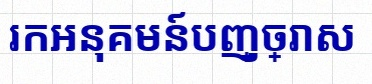
រកអនុគមន៍បញ្ច្រាស